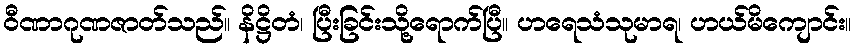
ဝီဏာဂုဏဇာတ်သည်။ နိဋ္ဌိတံ၊ ပြီးခြင်းသို့ရောက်ပြီ။ ဟရေသံသုမာရ၊ ဟယ်မိကျောင်း။